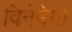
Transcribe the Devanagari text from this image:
विनेबेगो